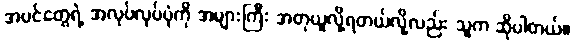
အပင်တွေရဲ့ အလုပ်လုပ်ပုံကို အများကြီး အတုယူလို့ရတယ်လို့လည်း သူက ဆိုပါတယ်။